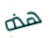
هذه